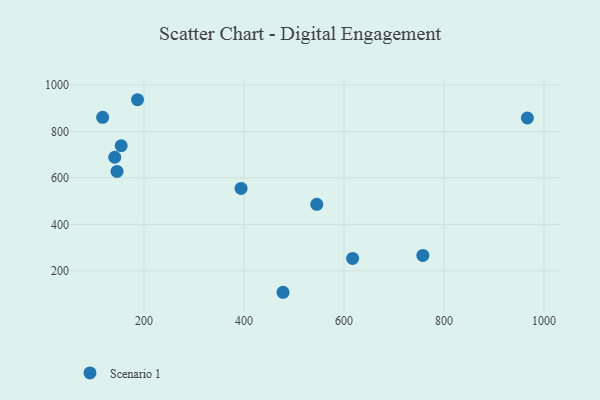
{"axis": {"x": "Engine Size", "y": "Sales"}, "legend": ["Scenario 1"], "data": [{"x": "545.6", "y": 486.2, "type": "Scenario 1"}, {"x": "146.2", "y": 628.1, "type": "Scenario 1"}, {"x": "757.7", "y": 266.4, "type": "Scenario 1"}, {"x": "141.6", "y": 688.9, "type": "Scenario 1"}, {"x": "966.7", "y": 857.6, "type": "Scenario 1"}, {"x": "117.4", "y": 860.5, "type": "Scenario 1"}, {"x": "617.3", "y": 253.6, "type": "Scenario 1"}, {"x": "154.5", "y": 738.4, "type": "Scenario 1"}, {"x": "394.2", "y": 554.8, "type": "Scenario 1"}, {"x": "478.1", "y": 108.1, "type": "Scenario 1"}, {"x": "187.2", "y": 936.3, "type": "Scenario 1"}]}